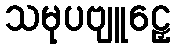
သမုပဗျူဠှေ